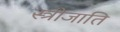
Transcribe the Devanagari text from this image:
स्त्रीजाति